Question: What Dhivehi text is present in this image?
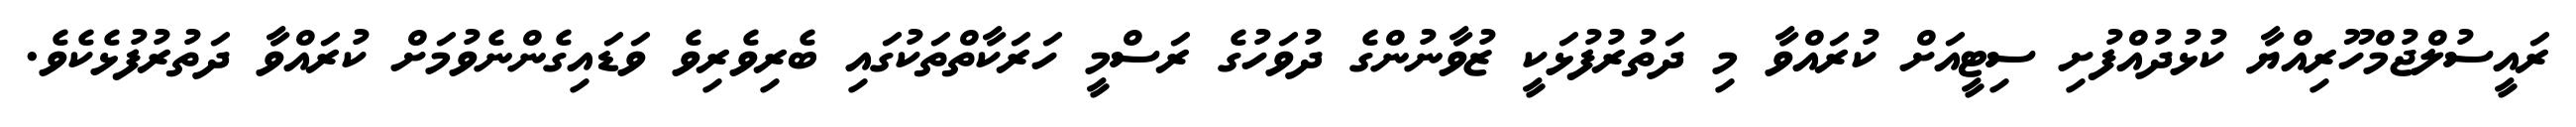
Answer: ރައީސުލްޖުމްހޫރިއްޔާ ކުޅުދުއްފުށި ސިޓީއަށް ކުރައްވާ މި ދަތުރުފުޅަކީ ޒުވާނުންގެ ދުވަހުގެ ރަސްމީ ހަރަކާތްތަކުގައި ބެރިވެރިވެ ވަޑައިގެންނެވުމަށް ކުރައްވާ ދަތުރުފުޅެކެވެ.